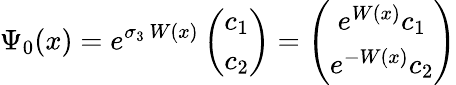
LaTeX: \Psi_{0}(x)=e^{\sigma_{3}~W(x)}\left(\begin{array}{c}{{c_{1}}}\\ {{c_{2}}}\end{array}\right)=\left(\begin{array}{c}{{e^{W(x)}c_{1}}}\\ {{e^{-W(x)}c_{2}}}\end{array}\right)